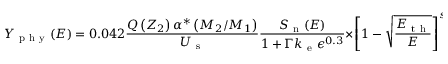
Y _ { \mathrm { ~ p ~ h ~ y ~ } } ( E ) = 0 . 0 4 2 \frac { Q \left( Z _ { 2 } \right) \alpha ^ { * } \left( M _ { 2 } / M _ { 1 } \right) } { U _ { \mathrm { ~ s ~ } } } \frac { S _ { \mathrm { ~ n ~ } } ( E ) } { 1 + \Gamma k _ { \mathrm { ~ e ~ } } \epsilon ^ { 0 . 3 } } \times { \left[ 1 - \sqrt { \frac { E _ { \mathrm { ~ t ~ h ~ } } } { E } } \right] ^ { s } }